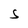
Character: S